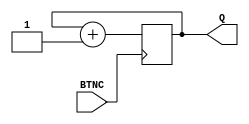
module counter(
    input BTNC,
    output reg [3:0] Q
    );
	 
always @(posedge BTNC)
begin
	Q <= Q + 1;
end

endmodule